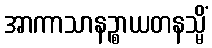
အာကာသာနဉ္စာယတနသ္မိံ